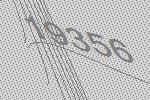
19356